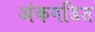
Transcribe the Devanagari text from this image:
अंकगडित